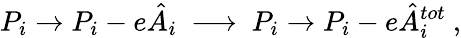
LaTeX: P_{i}\to P_{i}-e\hat{A}_{i}\ \ {\mathbf{\longrightarrow}}\ \ P_{i}\to P_{i}-e\hat{A}_{i}^{tot}\ ,